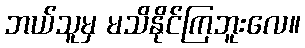
ဘယ်သူမှ မသိနိုင်ကြဘူးလေ။